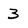
Character: 3